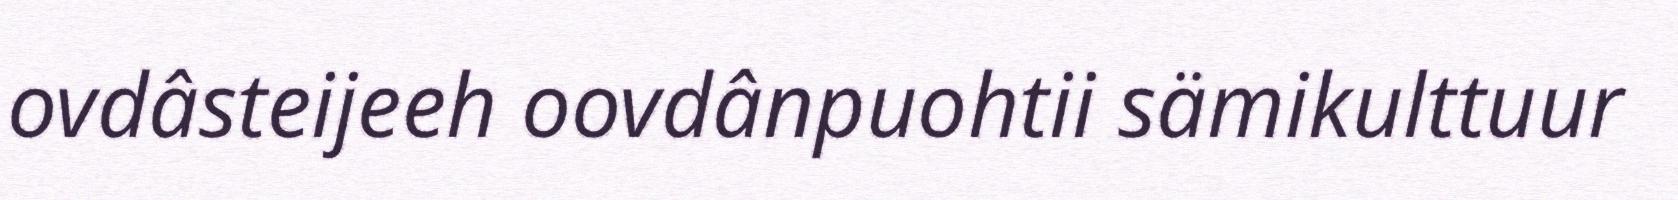
ovdâsteijeeh oovdânpuohtii sämikulttuur